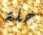
حلة